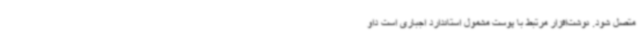
متصل شود. نوشت‌افزار مرتبط با پوست مشمول استاندارد اجباری است داو